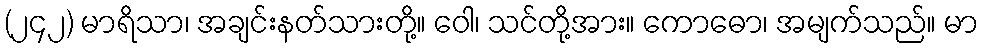
(၂၄၂) မာရိသာ၊ အချင်းနတ်သားတို့။ ဝေါ၊ သင်တို့အား။ ကောဓော၊ အမျက်သည်။ မာ